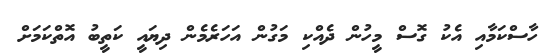
ހާސްކަމާއި އެކު ގޮސް މީހުން ދެއްކި މަގުން އަހަރެމެން ދިޔައީ ކަތީބު އޮތްކަމަށް